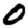
Digit: 0